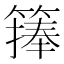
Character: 𥲶